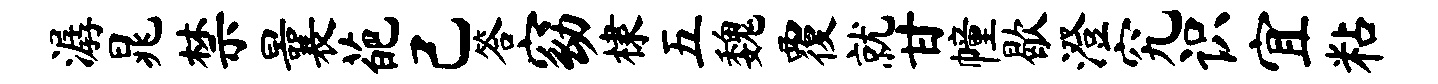
潺晁禁曩葩己答窈棣五魏覆就甘幢歇澄究识宜粘